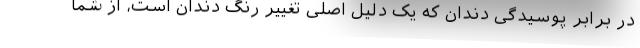
در برابر پوسیدگی دندان که یک دلیل اصلی تغییر رنگ دندان است، از شما